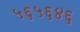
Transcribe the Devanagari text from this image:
५६५६४६